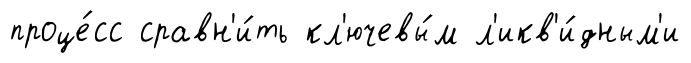
проце́сс сравн'и́ть кл'ючевы́м л'икв'и́дным'и